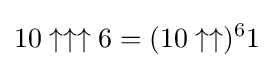
10\uparrow \uparrow \uparrow 6=(10\uparrow \uparrow )^{6}1